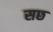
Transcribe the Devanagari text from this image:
सछ